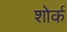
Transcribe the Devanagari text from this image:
शोर्क